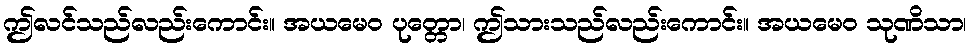
ဤလင်သည်လည်းကောင်း။ အယမေဝ ပုတ္တော၊ ဤသားသည်လည်းကောင်း။ အယမေဝ သုဏိသာ၊